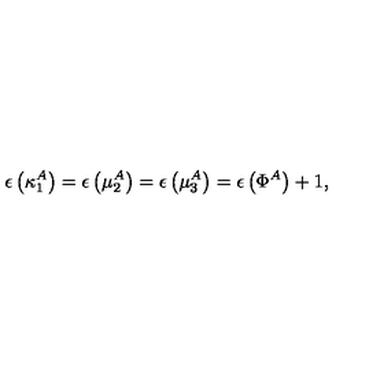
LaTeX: \epsilon \left( \kappa _ { 1 } ^ { A } \right) = \epsilon \left( \mu _ { 2 } ^ { A } \right) = \epsilon \left( \mu _ { 3 } ^ { A } \right) = \epsilon \left( \Phi ^ { A } \right) + 1 ,